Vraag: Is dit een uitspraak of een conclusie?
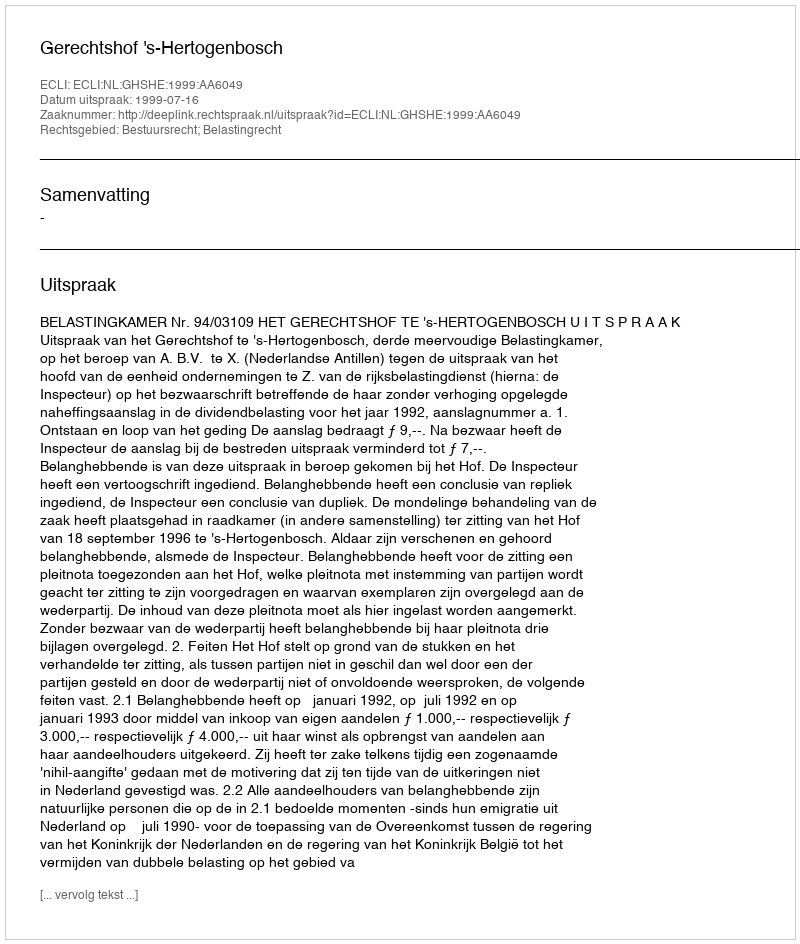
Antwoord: Uitspraak